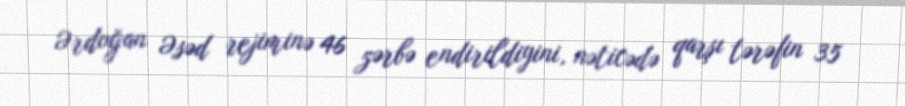
Ərdoğan Əsəd rejiminə 46 zərbə endirildiyini, nəticədə qarşı tərəfin 35